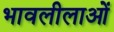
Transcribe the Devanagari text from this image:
भावलीलाओं